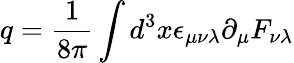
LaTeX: q=\frac{1}{8\pi}\int d^{3}x\epsilon_{\mu\nu\lambda}\partial_{\mu}F_{\nu\lambda}